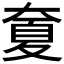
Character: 𡙣